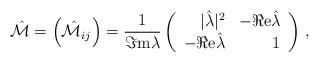
LaTeX: \begin{align*}\hat{\cal M}=\left(\hat{\cal M}_{ij}\right)=\frac{1}{\Im {\rm m}\lambda}\left(\begin{array}{rr}|\hat{\lambda}|^{2} & -\Re {\rm e}\hat{\lambda} \\-\Re {\rm e}\hat{\lambda} & 1 \\\end{array}\right)\, ,\end{align*}